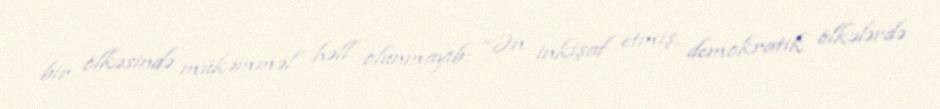
bir ölkəsində mükəmməl həll olunmayıb: “Ən inkişaf etmiş, demokratik ölkələrdə